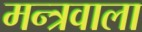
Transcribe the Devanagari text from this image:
मन्त्रवाला